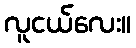
လူငယ်လေး။